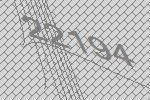
22194